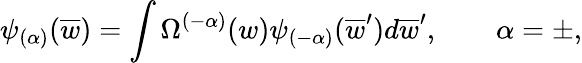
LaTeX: \psi_{(\alpha)}(\overline{{{w}}})=\int\Omega^{(-\alpha)}(w)\psi_{(-\alpha)}(\overline{{{w}}}^{\prime})d\overline{{{w}}}^{\prime},\qquad\alpha=\pm,